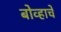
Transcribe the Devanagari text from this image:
बोव्हाचे